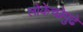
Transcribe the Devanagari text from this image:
लोकेच्छेपुढे